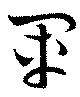
軍